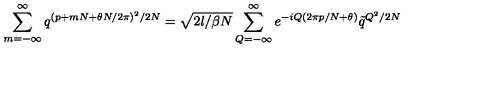
\sum _ { m = - \infty } ^ { \infty } q ^ { ( p + m N + \theta N / 2 \pi ) ^ { 2 } / 2 N } = \sqrt { 2 l / \beta N } \sum _ { Q = - \infty } ^ { \infty } e ^ { - i Q ( 2 \pi p / N + \theta ) } \tilde { q } ^ { Q ^ { 2 } / 2 N }